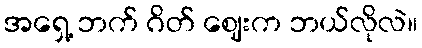
အရှေ့ ဘက် ဂိတ် ဈေးက ဘယ်လိုလဲ။